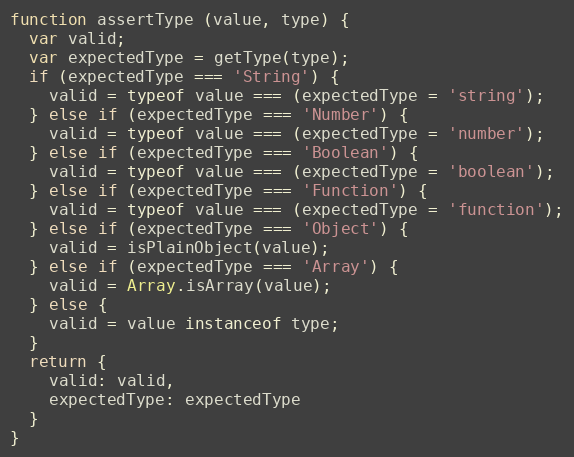
Language: JavaScript
function assertType (value, type) {
  var valid;
  var expectedType = getType(type);
  if (expectedType === 'String') {
    valid = typeof value === (expectedType = 'string');
  } else if (expectedType === 'Number') {
    valid = typeof value === (expectedType = 'number');
  } else if (expectedType === 'Boolean') {
    valid = typeof value === (expectedType = 'boolean');
  } else if (expectedType === 'Function') {
    valid = typeof value === (expectedType = 'function');
  } else if (expectedType === 'Object') {
    valid = isPlainObject(value);
  } else if (expectedType === 'Array') {
    valid = Array.isArray(value);
  } else {
    valid = value instanceof type;
  }
  return {
    valid: valid,
    expectedType: expectedType
  }
}